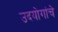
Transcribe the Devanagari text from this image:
उदयोगांचे